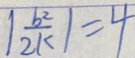
\vert \frac { b ^ { 2 } } { 2 k } \vert = 4